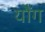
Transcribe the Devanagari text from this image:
यौंग